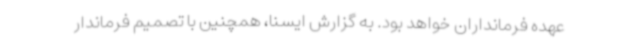
عهده فرمانداران خواهد بود. به گزارش ایسنا، همچنین با تصمیم فرماندار